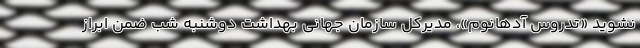
نشوید «تدروس آدهانوم»، مدیرکل سازمان جهانی بهداشت دوشنبه شب ضمن ابراز